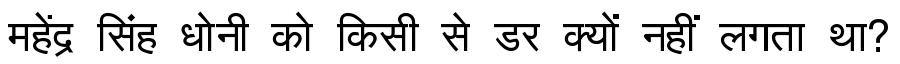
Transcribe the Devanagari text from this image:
महेंद्र सिंह धोनी को किसी से डर क्यों नहीं लगता था?